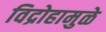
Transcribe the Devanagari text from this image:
विद्रोहामुळे